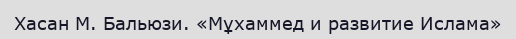
Хасан М. Бальюзи. «Мұхаммед и развитие Ислама»